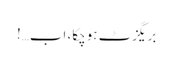
بریگزٹ ہوچکا، اب…!